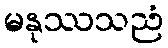
မနုဿသညံ